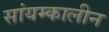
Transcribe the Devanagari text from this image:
सांयम्कालीन